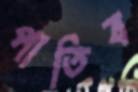
পাতিব